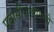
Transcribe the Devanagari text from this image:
प्रवासीसंख्येमध्ये